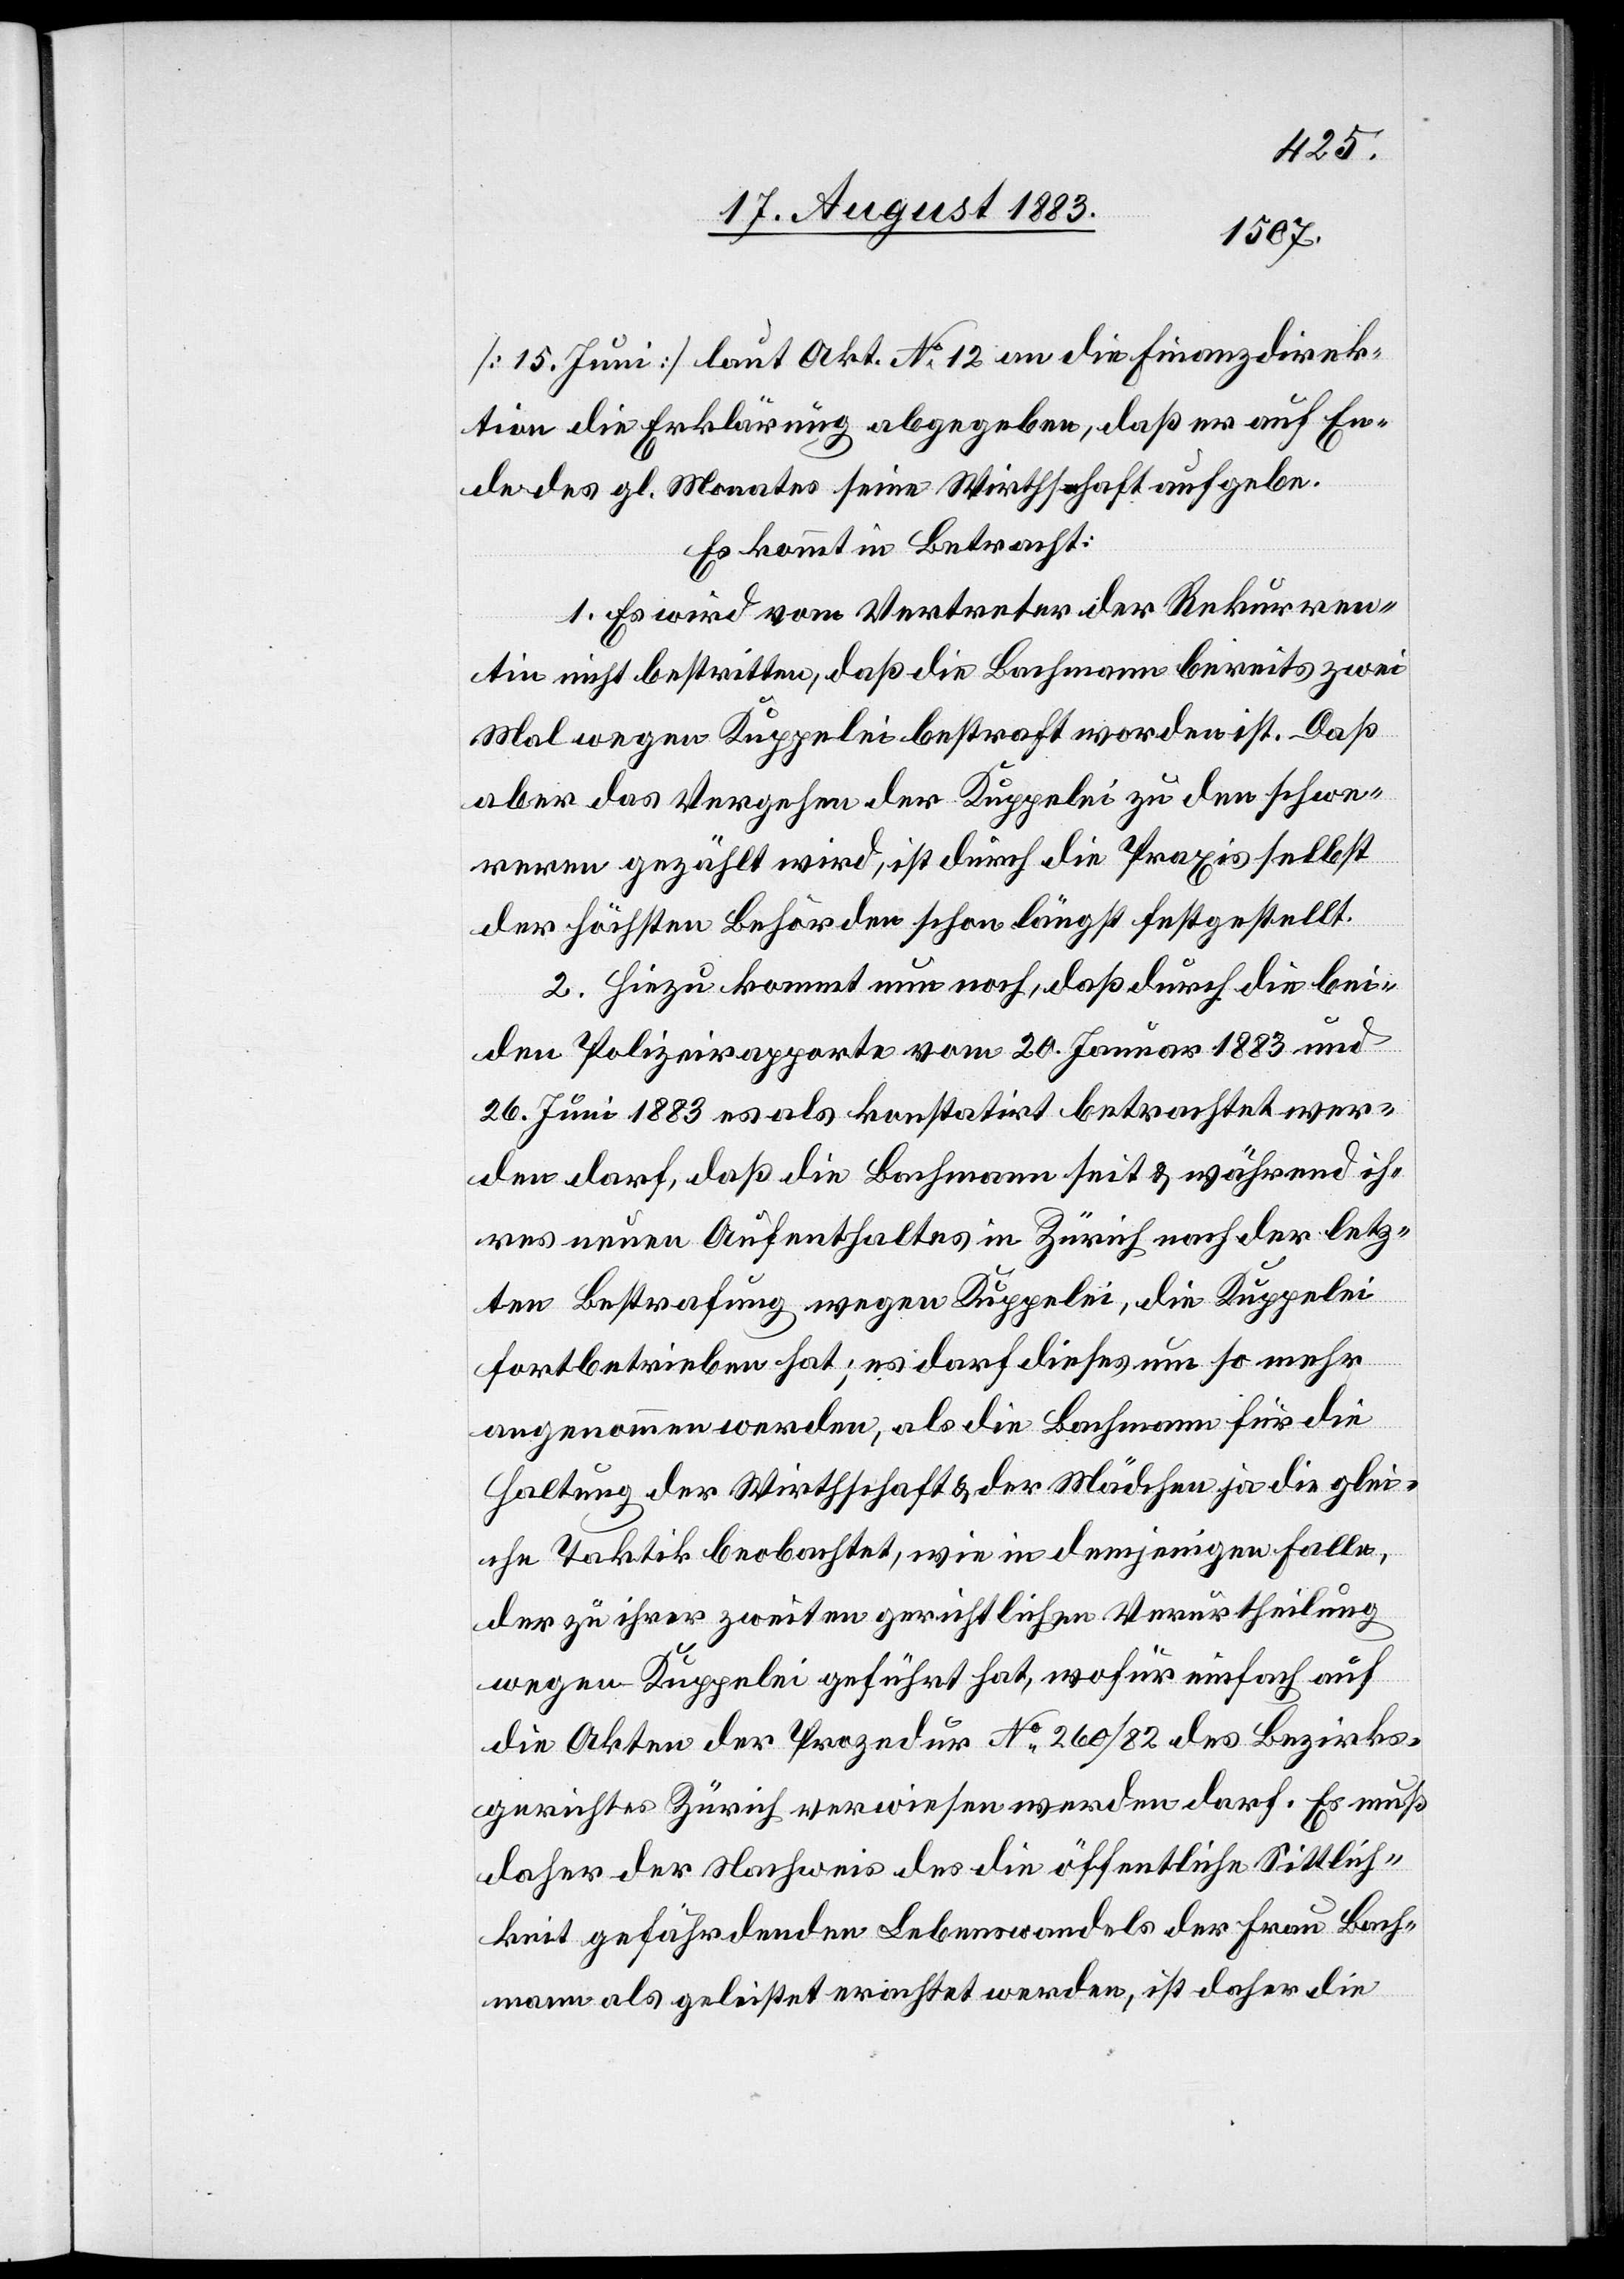
[15. Juni] laut Akt. No 12 an die Finanzdirek¬
tion die Erklärung abgegeben, daß er auf En¬
de des gl. Monates seine Wirthschaft aufgebe.
Es kommt in Betracht:
1. Es wird vom Vertreter der Rekurren¬
tin nicht bestritten, daß die Bachmann bereits zwei
Mal wegen Kuppelei bestraft worden ist. Daß
aber das Vergehen der Kuppelei zu den schwe¬
reren gezählt wird, ist durch die Praxis selbst
der höchsten Behörden schon längst festgestellt.
2. Hiezu kommt nun noch, daß durch die bei¬
den Polizeirapporte vom 20. Januar 1883 und
26. Juni 1883 es als konstatirt betrachtet wer¬
den darf, daß die Bachmann seit & während ih¬
res neuen Aufenthaltes in Zürich nach der letz¬
ten Bestrafung wegen Kuppelei, die Kuppelei
fortbetrieben hat; es darf dieses um so mehr
angenommen werden, als die Bachmann für die
Haltung der Wirthschaft & des Mädchen ja die glei¬
che Taktik beobachtet, wie in demjenigen Falle,
der zu ihrer zweiten gerichtlichen Verurtheilung
wegen Kuppelei geführt hat, wofür einfach auf
die Akten der Prozedur No 260/82 des Bezirks¬
gerichtes Zürich verwiesen werden darf. Es muß
daher der Nachweis des die öffentliche Sittlich¬
keit gefährdenden Lebenswandels der Frau Bach¬
mann als geleistet erachtet werden, ist daher die